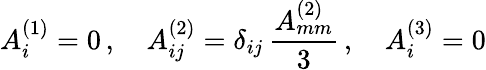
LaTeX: A_{i}^{(1)}=0\, ,\quad A_{ij}^{(2)}=\delta_{ij}\, \frac{A_{mm}^{(2)}}{3}\, ,\quad A_{i}^{(3)}=0